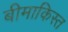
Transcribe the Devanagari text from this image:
बीमाकिस्त